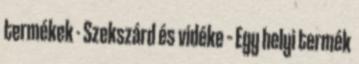
termékek - Szekszárd és vidéke – Egy helyi termék